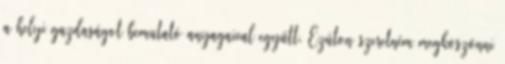
a helyi gazdaságot bemutató anyagaival együtt. Ezúton szeretném megköszönni